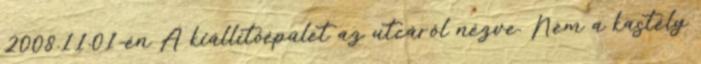
2008.11.01-én A kiállítóépület az utcáról nézve. Nem a kastély